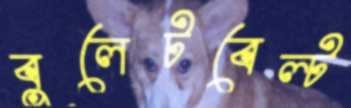
বুলেটবেল্ট